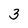
Character: 3